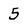
Character: 5